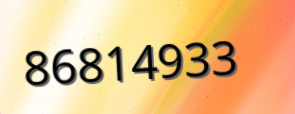
86814933